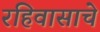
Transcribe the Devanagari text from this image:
रहिवासाचे